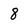
Character: 8